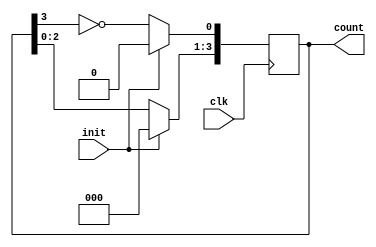
module johnsonCounter(clk,init,count);
 input clk,init;
 output reg [3:0]count;
 
 always@(posedge clk)
   begin
    if (init)
      count <= 4'b0000;
    else
      begin
       count <= count<<1;
       count[0] <= ~count[3];
      end
   end
endmodule